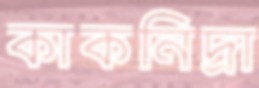
কাকনিদ্রা